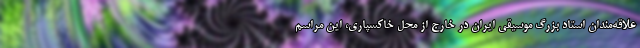
علاقه‌مندان استاد بزرگ موسیقی ایران در خارج از محل خاکسپاری، این مراسم